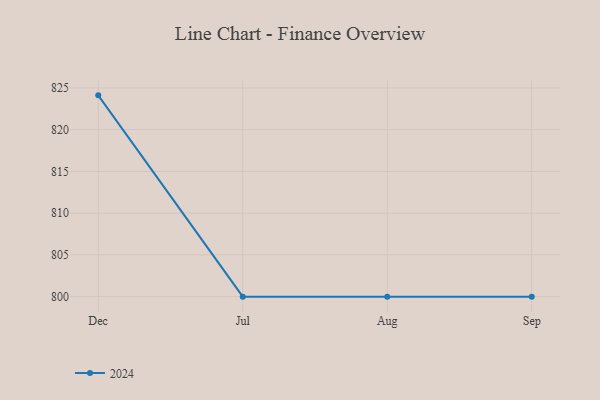
{"axis": {"x": "Month", "y": "Active Users"}, "legend": ["2024"], "data": [{"x": "Dec", "y": 824.1, "type": "2024"}, {"x": "Jul", "y": 800, "type": "2024"}, {"x": "Aug", "y": 800, "type": "2024"}, {"x": "Sep", "y": 800, "type": "2024"}]}